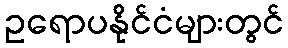
ဥရောပနိုင်ငံများတွင်